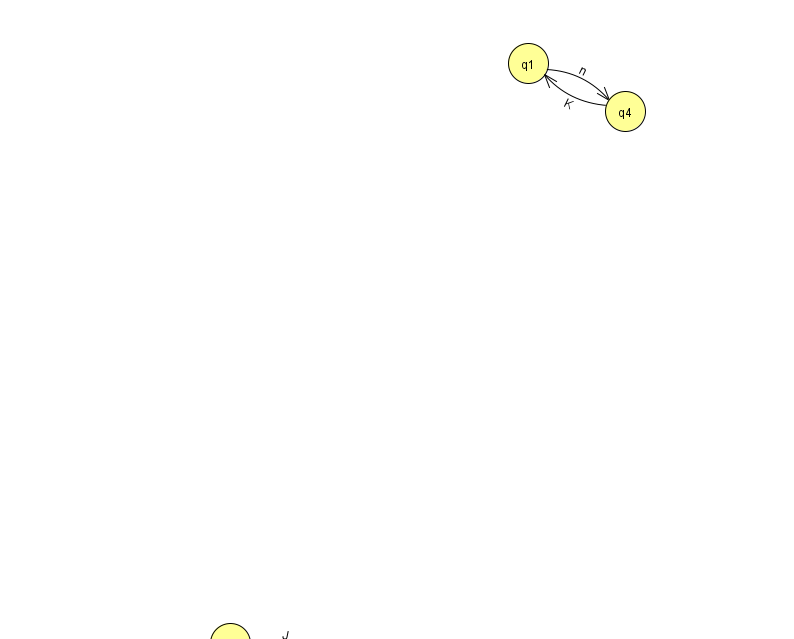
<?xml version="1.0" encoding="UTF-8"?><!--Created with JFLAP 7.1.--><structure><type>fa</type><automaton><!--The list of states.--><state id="0" name="q0"><x>336.0</x><y>651.0</y><initial/></state><state id="1" name="q1"><x>528.0</x><y>50.0</y></state><state id="2" name="q2"><x>230.0</x><y>630.0</y></state><state id="4" name="q4"><x>625.0</x><y>98.0</y></state><!--The list of transitions.--><transition><from>4</from><to>1</to><read>K</read></transition><transition><from>0</from><to>2</to><read>p</read></transition><transition><from>1</from><to>4</to><read>n</read></transition><transition><from>2</from><to>0</to><read>J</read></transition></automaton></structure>